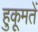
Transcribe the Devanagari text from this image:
हुकूमतें